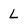
Character: L